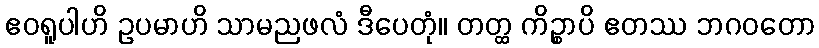
ဧဝရူပါဟိ ဥပမာဟိ သာမညဖလံ ဒီပေတုံ။ တတ္ထ ကိဉ္စာပိ ဧတဿ ဘဂဝတော